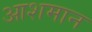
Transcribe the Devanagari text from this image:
आशमान